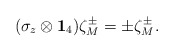
\begin{align*}(\sigma_z\otimes{\bf1}_4)\zeta^\pm_M=\pm\zeta^\pm_M.\end{align*}